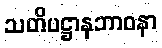
သတိပဋ္ဌာနဘာဝနာ